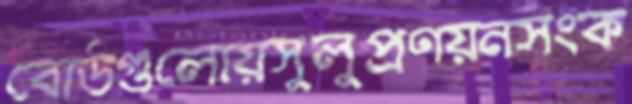
বোর্ডগুলোয়সুলুপ্রণয়নসংক